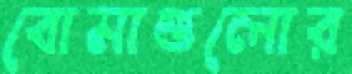
বোমাগুলোর